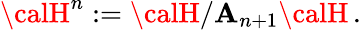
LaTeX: {\calH}^{n}:={\calH}/{\cal\mathbf{A}}_{n+1}{\calH}\, .